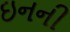
ઇનની